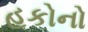
હકોનો